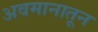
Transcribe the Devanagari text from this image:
अवमानातून